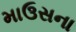
માઉસના